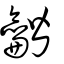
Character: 龤